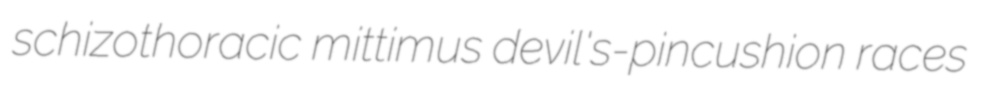
schizothoracic mittimus devil's-pincushion races